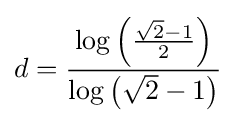
d={\frac {\log \left({\frac {{\sqrt {2}}-1}{2}}\right)}{\log \left({\sqrt {2}}-1\right)}}